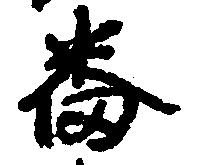
番